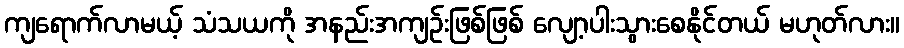
ကျရောက်လာမယ့် သံသယကို အနည်းအကျဉ်းဖြစ်ဖြစ် လျော့ပါးသွားစေနိုင်တယ် မဟုတ်လား။